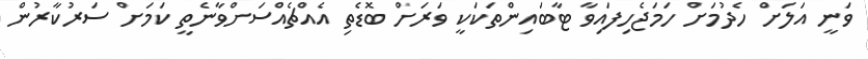
ވަނީ އަލަށް ހެދުމަށް ހަމަޖެހިފައިވާ ޓާބައިންތަކަކީ ވަރަށް ބޮޑެތި އެއްޗެއްސަށްވާނެތީ ކަމަށް ސަރުކާރުން